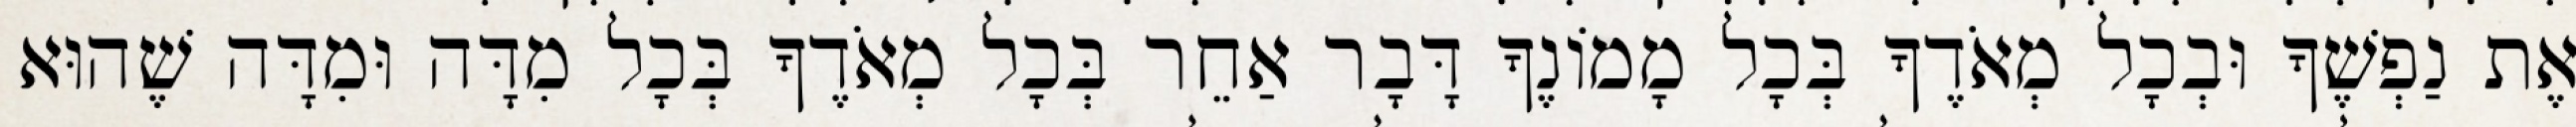
אֶת נַפְשֶׁךָ וּבְכָל מְאֹדֶךָ בְּכָל מָמוֹנֶךָ דָּבָר אַחֵר בְּכָל מְאֹדֶךָ בְּכָל מִדָּה וּמִדָּה שֶׁהוּא